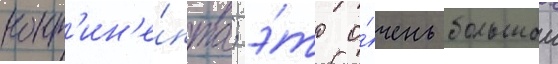
конт'ин'е́нта; э́то о́чень большои